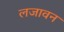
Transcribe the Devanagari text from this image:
लजावन